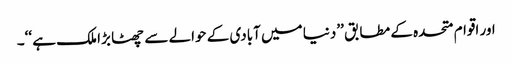
اور اقوام متحدہ کے مطابق ’’دنیا میں آبادی کے حوالے سے چھٹا بڑا ملک ہے ‘‘۔